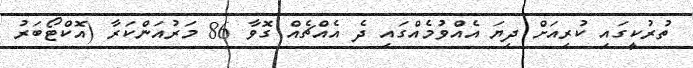
ތުރުކީގައި ކުރިއަށް ދިޔަ އެއްވުމެއްގައި ދެ އެއްޗެއް ގޮވާ 86 މަރުއަންކަރާ (އޮކްޓޯބަރު